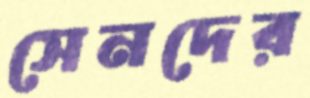
সেনদের